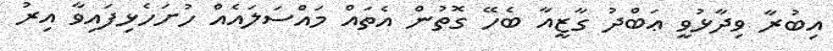
އިބުރާ ވިދާޅުވީ ޢަބްދު ގާޒީއާ ބެހޭ ގޮތުން އެތައް މައްސަލައެއް ހުށަހެޅިފައިވާ އިރު